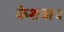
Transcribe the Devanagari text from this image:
केशवाय